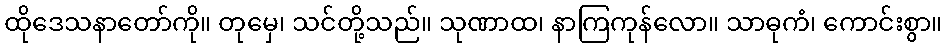
ထိုဒေသနာတော်ကို။ တုမှေ၊ သင်တို့သည်။ သုဏာထ၊ နာကြကုန်လော။ သာဓုကံ၊ ကောင်းစွာ။